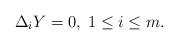
LaTeX: \begin{align*} \Delta_i Y = 0 ,\; 1 \leq i \leq m . \end{align*}